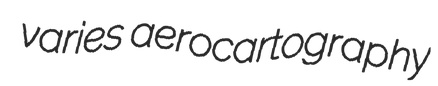
varies aerocartography